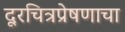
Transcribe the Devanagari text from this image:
दूरचित्रप्रेषणाचा